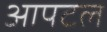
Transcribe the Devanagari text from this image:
आपटल